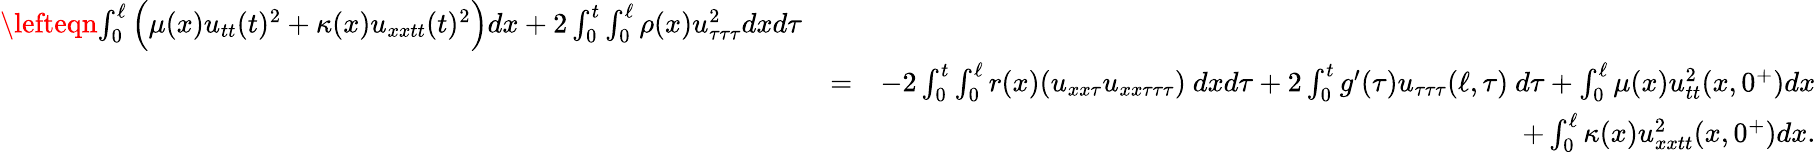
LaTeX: \begin{array}{rlr}{\lefteqn{\int_{0}^{\ell}\Big(\mu(x)u_{tt}(t)^{2}+\kappa(x)u_{xxtt}(t)^{2}\Big)dx+2\int_{0}^{t}\int_{0}^{\ell}\rho(x)u_{\tau\tau\tau}^{2}dxd\tau}}\\ &{=}&{-2\int_{0}^{t}\int_{0}^{\ell}r(x)(u_{xx\tau}u_{xx\tau\tau\tau})\ dxd\tau+2\int_{0}^{t}g^{\prime}(\tau)u_{\tau\tau\tau}(\ell,\tau)\ d\tau+\int_{0}^{\ell}\mu(x)u_{tt}^{2}(x,0^{+})dx}\\ &{}&{+\int_{0}^{\ell}\kappa(x)u_{xxtt}^{2}(x,0^{+})dx.}\end{array}